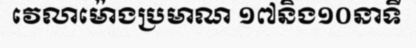
វេលាម៉ោងប្រមាណ ១៧និង១០នាទី